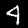
Digit: 4